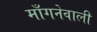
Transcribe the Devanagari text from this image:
माँगनेवाली